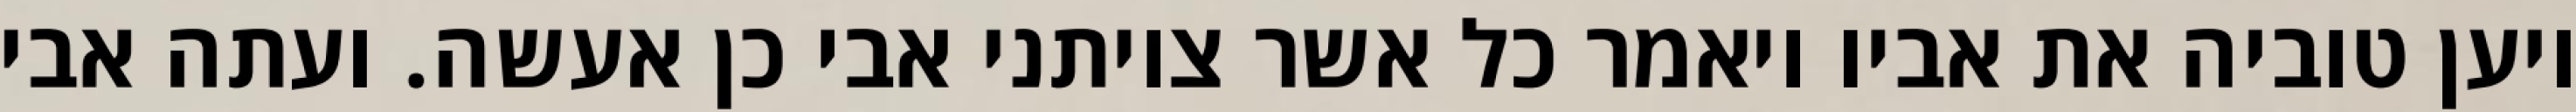
ויען טוביה את אביו ויאמר כל אשר צויתני אבי כן אעשה. ועתה אבי